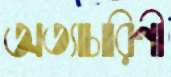
অত্যাচারিণী